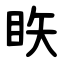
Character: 䀢